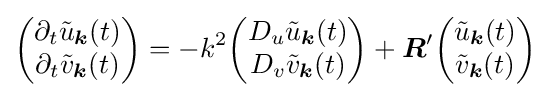
{\begin{pmatrix}\partial _{t}{\tilde {u}}_{\boldsymbol {k}}(t)\\\partial _{t}{\tilde {v}}_{\boldsymbol {k}}(t)\end{pmatrix}}=-k^{2}{\begin{pmatrix}D_{u}{\tilde {u}}_{\boldsymbol {k}}(t)\\D_{v}{\tilde {v}}_{\boldsymbol {k}}(t)\end{pmatrix}}+{\boldsymbol {R}}^{\prime }{\begin{pmatrix}{\tilde {u}}_{\boldsymbol {k}}(t)\\{\tilde {v}}_{\boldsymbol {k}}(t)\end{pmatrix}}